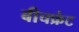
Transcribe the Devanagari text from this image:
बीचफ्रंट